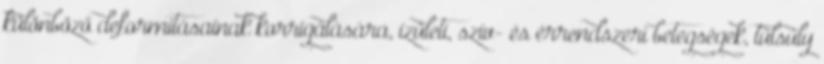
különböző deformitásainak korrigálására, ízületi, szív- és érrendszeri betegségek, túlsúly